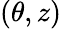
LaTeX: (\theta,z)